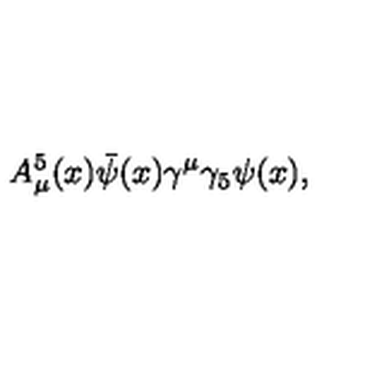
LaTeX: A _ { \mu } ^ { 5 } ( x ) \bar { \psi } ( x ) \gamma ^ { \mu } \gamma _ { 5 } \psi ( x ) ,